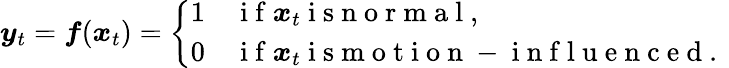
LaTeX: \boldsymbol y_{t}=\boldsymbol f(\boldsymbol x_{t})=\left\{ \begin{array}{cl}{1}&{\mathrm{~i~f~}\boldsymbol x_{t}\mathrm{~i~s~n~o~r~m~a~l~,~}}\\ {0}&{\mathrm{~i~f~}\boldsymbol x_{t}\mathrm{~i~s~m~o~t~i~o~n~-~i~n~f~l~u~e~n~c~e~d~.~}}\end{array}\right.